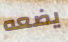
يضعه